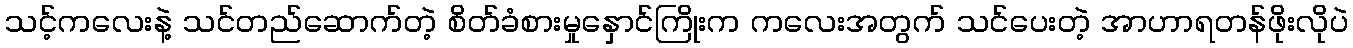
သင့်ကလေးနဲ့ သင်တည်ဆောက်တဲ့ စိတ်ခံစားမှုနှောင်ကြိုးက ကလေးအတွက် သင်ပေးတဲ့ အာဟာရတန်ဖိုးလိုပဲ